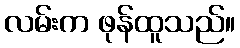
လမ်းက ဖုန်ထူသည်။